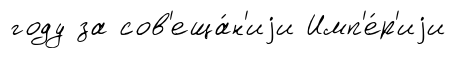
году за сов'еща́н'иjи Имп'е́р'иjи